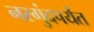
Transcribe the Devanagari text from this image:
नरगुंदपर्यंत